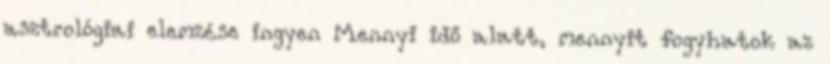
asztrológiai elemzése ingyen Mennyi idő alatt, mennyit fogyhatok az